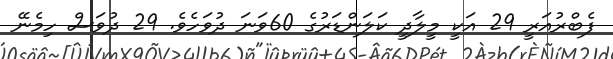
ފެބްރުއަރީ 29 އަކީ މީލާދީ ކަލަންޑަރުގެ 60ވަނަ ދުވަހެވެ. 29 ދުވަސް ހިމެނޭ